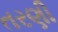
તરણી